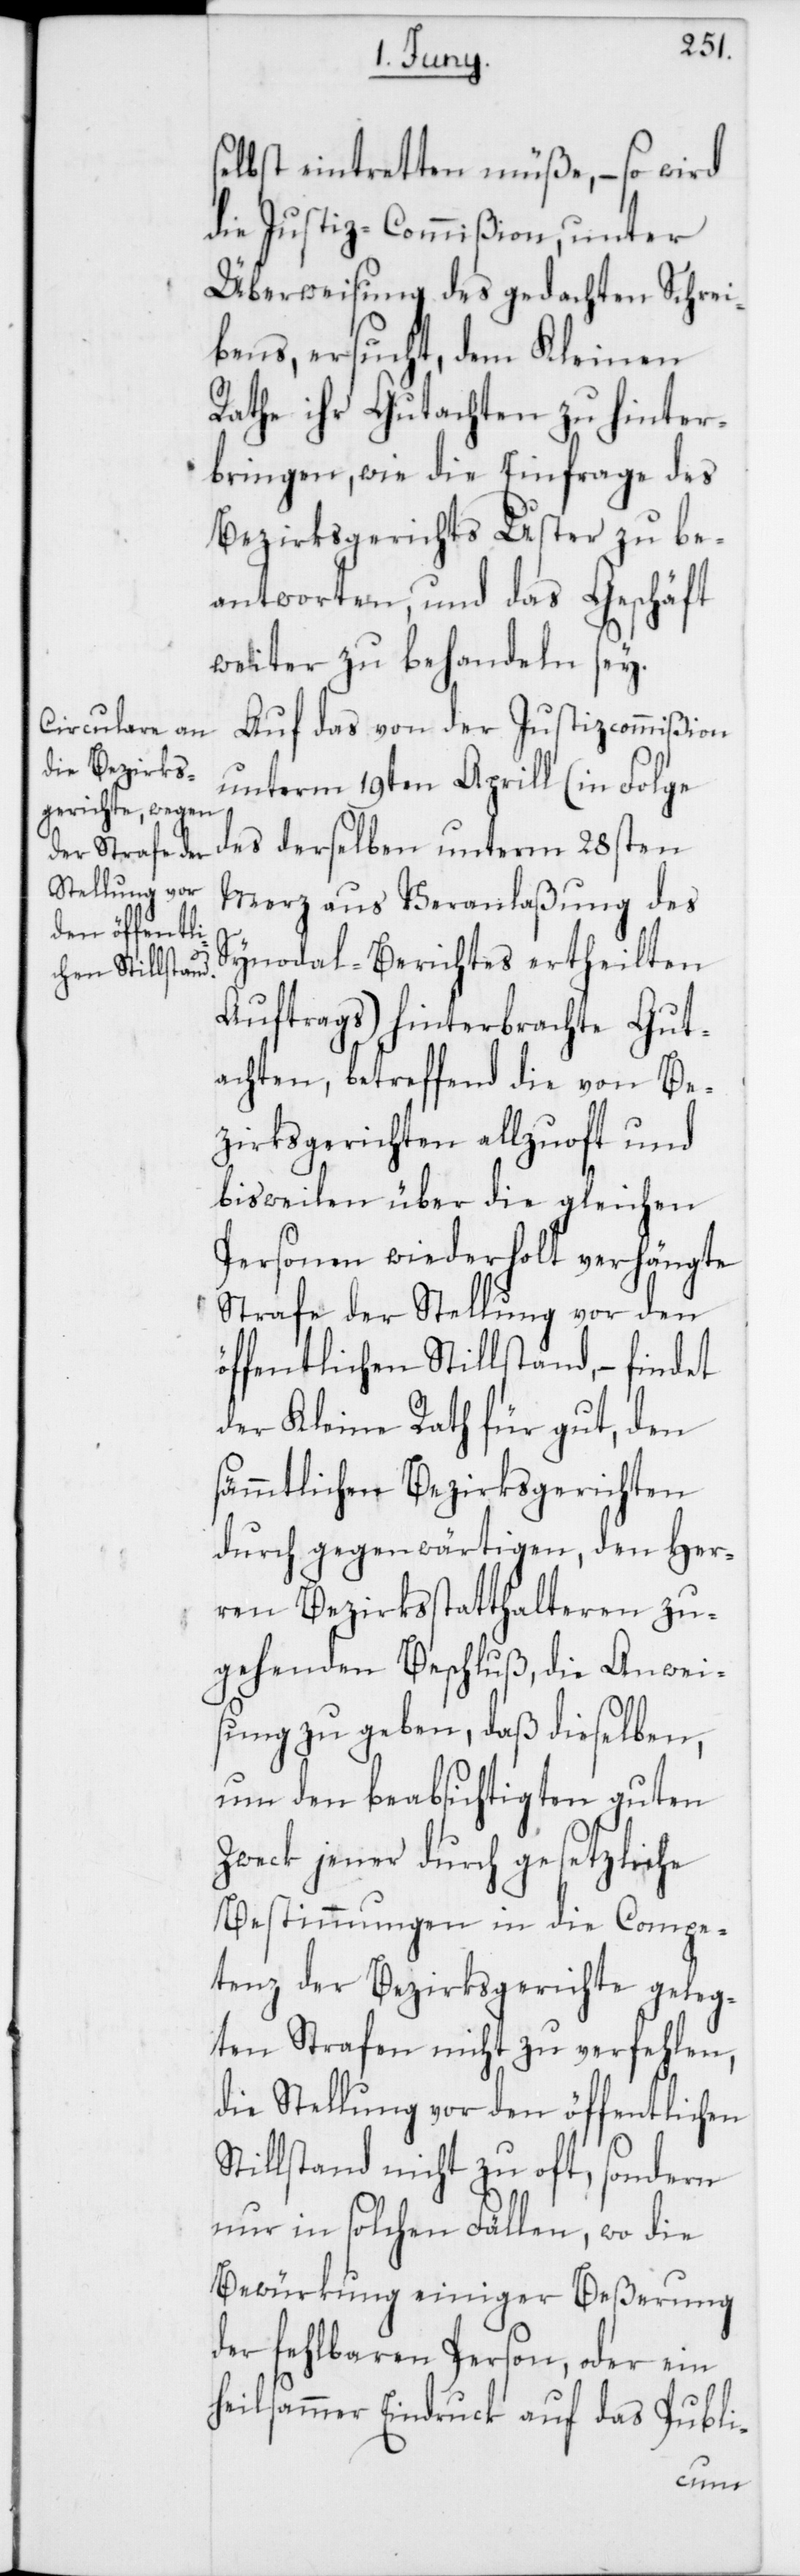
selbst eintretten müße, – so wird
die Justiz-Commißion, unter
Überweisung des gedachten Schrei¬
bens, ersucht, dem Kleinen
Rathe ihr Gutachten zu hinter¬
bringen, wie die Einfrage des
Bezirksgerichts Uster zu be¬
antworten, und das Geschäft
weiter zu behandeln sey.
Auf das von der Justizcommißion
unterm 19ten Aprill (in Folge
des derselben unterm 28sten
Merz aus Veranlaßung des
Synodal-Berichtes ertheilten
Auftrags) hinterbrachte Gut¬
achten, betreffend die von Be¬
zirksgerichten allzuoft und
bisweilen über die gleichen
Personen wiederholt verhängte
Strafe der Stellung vor den
öffentlichen Stillstand, – findet
der Kleine Rath für gut, den
sämmtlichen Bezirksgerichten
durch gegenwärtigen, den Her¬
ren Bezirksstatthalteren zu¬
gehenden Beschluß, die Anweis¬
ung zu geben, daß dieselben,
um den beabsichtigten guten
Zweck jener durch gesetzliche
Bestimmungen in die Compe¬
tenz der Bezirksgerichte geleg¬
ten Strafen nicht zu verfehlen,
die Stellung vor den öffentlichen
Stillstand nicht zu oft, sondern
nur in solchen Fällen, wo die
Bewürkung einiger Beßerung
der fehlbaren Person, oder ein
heilsammer Eindruck auf das Publi-